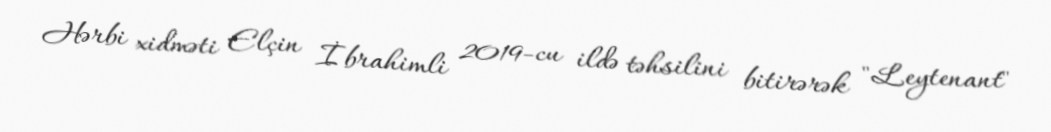
Hərbi xidməti Elçin İbrahimli 2019-cu ildə təhsilini bitirərək "Leytenant"